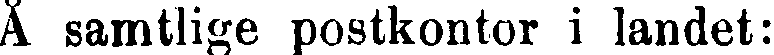
Å samtlige postkontor i landet: